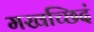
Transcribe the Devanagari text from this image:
मखच्छिदं